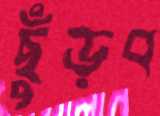
ছুঁড়ব